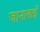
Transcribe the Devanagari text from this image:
जानाबाई